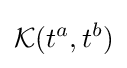
{\mathcal {K}}(t^{a},t^{b})